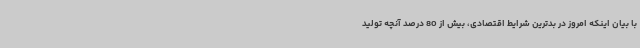
با بیان اینکه امروز در بدترین شرایط اقتصادی، بیش از 80 درصد آنچه تولید